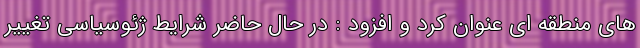
های منطقه ای عنوان کرد و افزود : در حال حاضر شرایط ژئوسیاسی تغییر